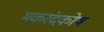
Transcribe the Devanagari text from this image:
मकरंदकोष